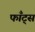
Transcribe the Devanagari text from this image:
फाँट्‌स